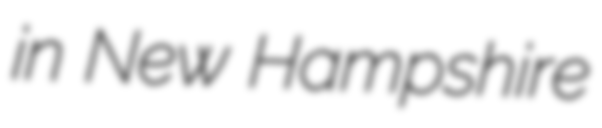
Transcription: in New Hampshire